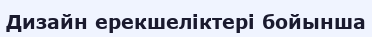
Дизайн ерекшеліктері бойынша